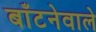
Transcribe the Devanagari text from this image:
बाँटनेवाले